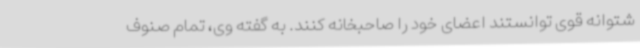
شتوانه قوی توانستند اعضای خود را صاحبخانه کنند. به گفته وی، تمام صنوف